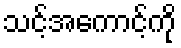
သင့်အကောင့်ကို